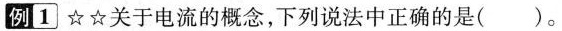
例|1☆☆关于电流的概念，下列说法中正确的是( )。